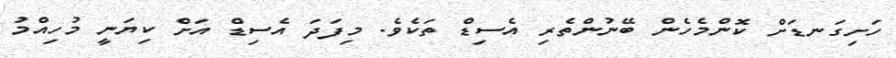
ހަށިގަނޑަށް ކޮންމެހެން ބޭނުންތެރި އެސިޑް ތަކެވެ. މިފަދަ އެސިޑް އަށް ކިޔަނީ މުހިއްމު